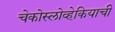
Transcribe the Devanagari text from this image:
चेकोस्लोव्हेकियाची